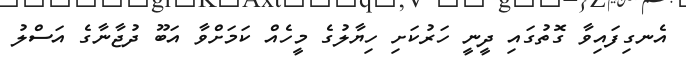
އެނގިފައިވާ ގޮތުގައި ދީނީ ހަރުކަށި ހިޔާލުގެ މީހެއް ކަމަށްވާ އަބޫ ދުޖާނާގެ އަސްލު